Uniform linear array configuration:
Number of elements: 48
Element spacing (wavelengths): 1
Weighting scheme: cosine
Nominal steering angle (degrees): -45
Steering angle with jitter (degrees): -45.939
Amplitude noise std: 0.05
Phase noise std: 0.05

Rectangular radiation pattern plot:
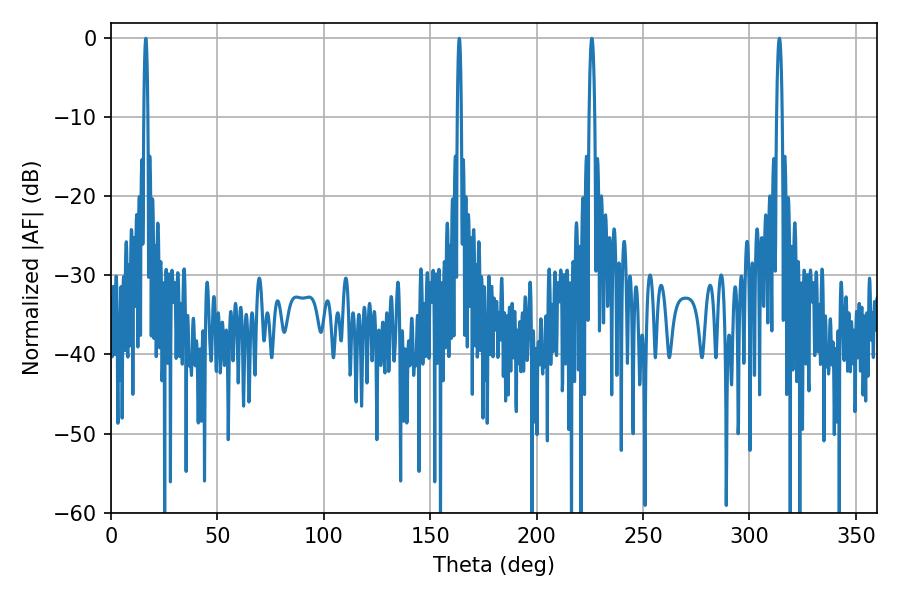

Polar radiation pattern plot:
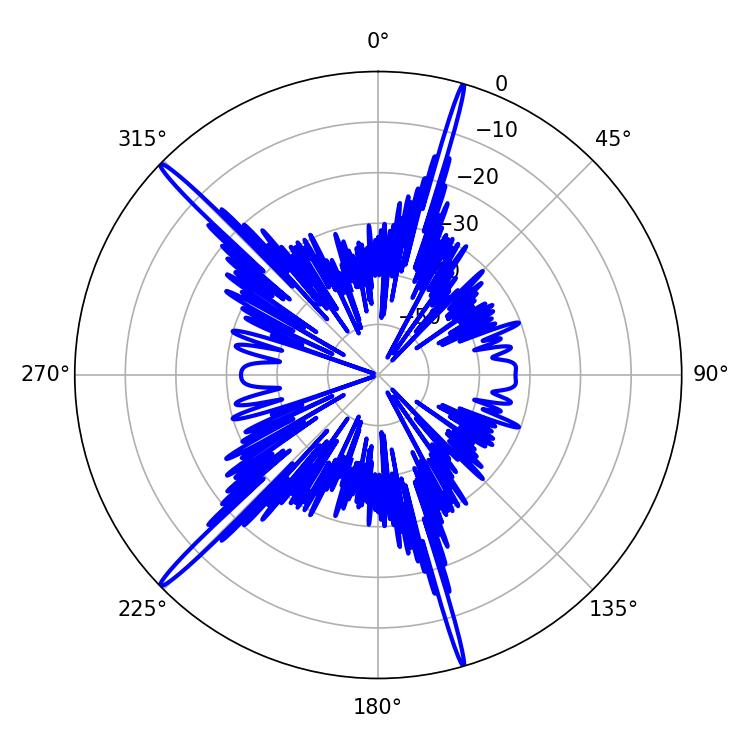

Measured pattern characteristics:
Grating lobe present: TRUE
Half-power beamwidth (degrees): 1.44
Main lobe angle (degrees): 225.9